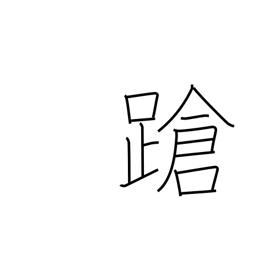
Meaning: stagger